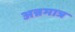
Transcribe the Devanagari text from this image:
अन्नमात्र